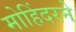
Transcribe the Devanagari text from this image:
मोहिंदरने